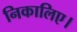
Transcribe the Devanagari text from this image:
निकालिए।